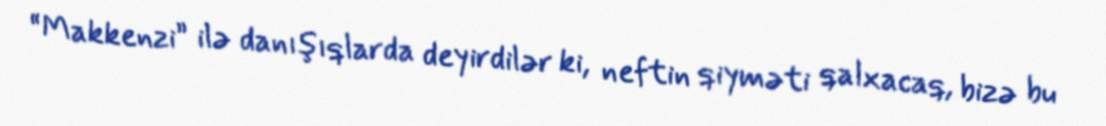
“Makkenzi” ilə danışıqlarda deyirdilər ki, neftin qiyməti qalxacaq, bizə bu